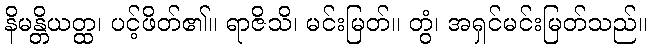
နိမန္တိယတ္ထ၊ ပင့်ဖိတ်၏။ ရာဇိသိ၊ မင်းမြတ်။ တွံ၊ အရှင်မင်းမြတ်သည်။